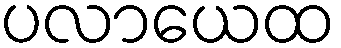
ပလာယေထ